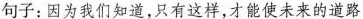
句子：因为我们知道，只有这样，才能使未来的道路